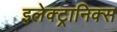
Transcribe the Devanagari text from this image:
इलेक्ट्रानिक्स